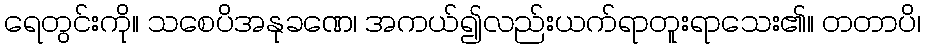
ရေတွင်းကို။ သစေပိအနုခဏေ၊ အကယ်၍လည်းယက်ရာတူးရာသေး၏။ တတာပိ၊